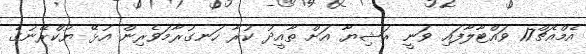
އެމްއެޗް17 ވައްޓާލާފައި ވަނީ ރަޝިޔާ އަށް ތާއީދު ކުރާ ހަނގުރާމަވެރިން އުޅޭ ޔުކްރޭނުގެ